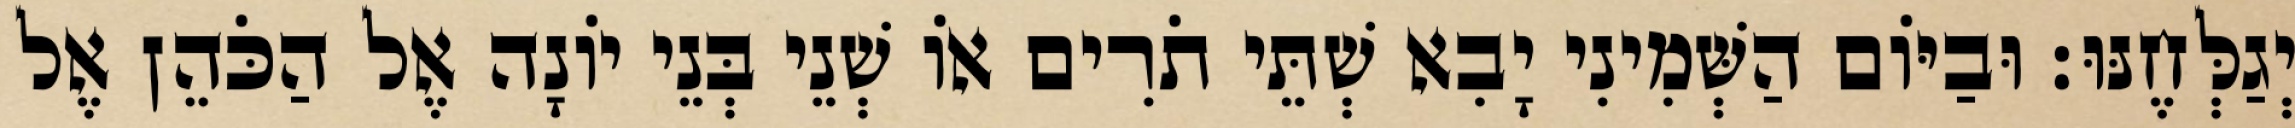
יְגַלְּחֶנּוּ׃ וּבַיּוֹם הַשְּׁמִינִי יָבִא שְׁתֵּי תֹרִים אוֹ שְׁנֵי בְּנֵי יוֹנָה אֶל הַכֹּהֵן אֶל